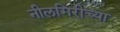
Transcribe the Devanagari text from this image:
नीलगिरीच्या